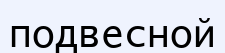
подвесной